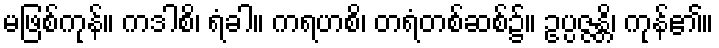
မဖြစ်ကုန်။ ကဒါစိ၊ ရံခါ။ ကရဟစိ၊ တရံတစ်ဆစ်၌။ ဥပ္ပဇ္ဇန္တိ၊ ကုန်၏။